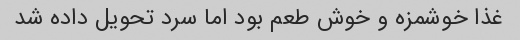
غذا خوشمزه و خوش طعم بود اما سرد تحویل داده شد